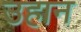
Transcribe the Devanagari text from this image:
उहान